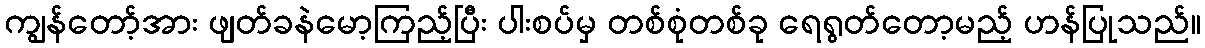
ကျွန်တော့်အား ဖျတ်ခနဲမော့ကြည့်ပြီး ပါးစပ်မှ တစ်စုံတစ်ခု ရေရွတ်တော့မည့် ဟန်ပြုသည်။